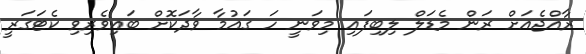
ރާއްޖެއަށް ރަން މެޑަލް ލިބިފައި މިވަނީ ހަ ގައުމާ ވާދަކޮށް ބައިވެރިވި ކެޓަގަރީ